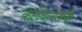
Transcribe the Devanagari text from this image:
कलेबाबतची